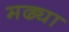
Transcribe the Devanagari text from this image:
मढ्या